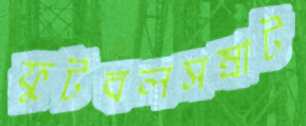
ফুটবলসম্রাট